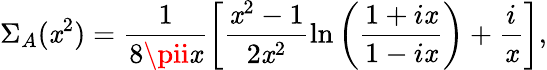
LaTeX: \Sigma_{A}(\mathit{x}^{2})=\frac{{1}}{{8\pii\mathit{x}}}\left[\frac{{\mathit{x}^{2}-1}}{{2\mathit{x}^{2}}}\ln\left(\frac{{1+i\mathit{x}}}{{1-i\mathit{x}}}\right)+\frac{{i}}{{\mathit{x}}}\right],